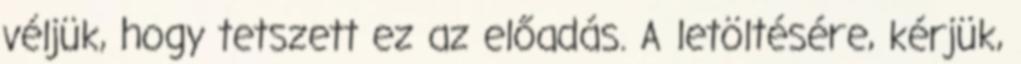
véljük, hogy tetszett ez az előadás. A letöltésére, kérjük,